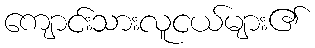
ကျောင်းသားလူငယ်များ၏